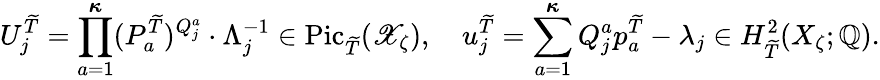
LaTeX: U_{j}^{\widetilde{T}}=\prod_{a=1}^{\boldsymbol{\kappa}}(P_{a}^{\widetilde{T}})^{Q_{j}^{a}}\cdot\Lambda_{j}^{-1}\in\mathrm{Pic}_{\widetilde{T}}(\mathscr{X}_{\zeta}),\quad u_{j}^{\widetilde{T}}=\sum_{a=1}^{\boldsymbol{\kappa}}Q_{j}^{a}p_{a}^{\widetilde{T}}-\lambda_{j}\in H_{\widetilde{T}}^{2}(X_{\zeta};\mathbb{Q}).